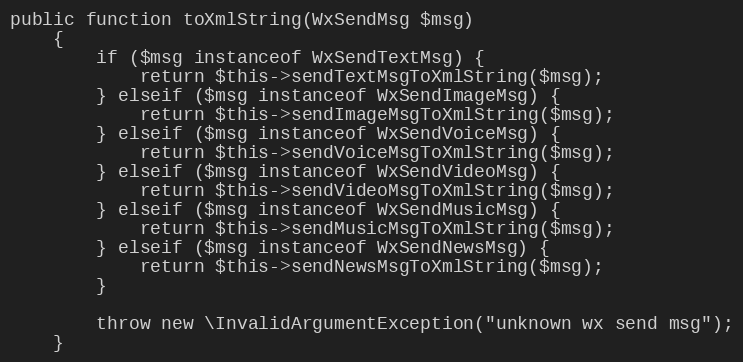
Language: PHP
public function toXmlString(WxSendMsg $msg)
    {
        if ($msg instanceof WxSendTextMsg) {
            return $this->sendTextMsgToXmlString($msg);
        } elseif ($msg instanceof WxSendImageMsg) {
            return $this->sendImageMsgToXmlString($msg);
        } elseif ($msg instanceof WxSendVoiceMsg) {
            return $this->sendVoiceMsgToXmlString($msg);
        } elseif ($msg instanceof WxSendVideoMsg) {
            return $this->sendVideoMsgToXmlString($msg);
        } elseif ($msg instanceof WxSendMusicMsg) {
            return $this->sendMusicMsgToXmlString($msg);
        } elseif ($msg instanceof WxSendNewsMsg) {
            return $this->sendNewsMsgToXmlString($msg);
        }

        throw new \InvalidArgumentException("unknown wx send msg");
    }